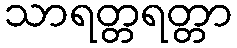
သာရတ္တရတ္တာ